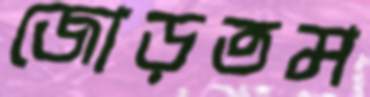
জোড়তম